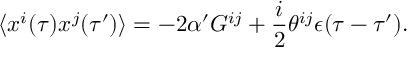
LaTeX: \langle x ^ { i } ( \tau ) x ^ { j } ( \tau ^ { \prime } ) \rangle = - 2 \alpha ^ { \prime } G ^ { i j } + \frac { i } { 2 } \theta ^ { i j } \epsilon ( \tau - \tau ^ { \prime } ) .